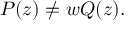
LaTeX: P ( z ) \neq w Q ( z ) .